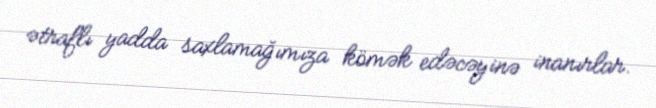
ətraflı yadda saxlamağımıza kömək edəcəyinə inanırlar.